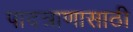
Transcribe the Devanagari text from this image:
पादत्राणासाठी